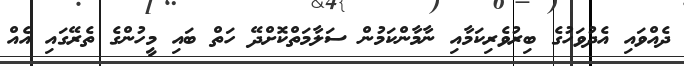
ދެއްވައި އެދުވަހުގެ ބިރުވެރިކަމާއި ނާމާންކަމުން ސަލާމަތްކޮށްދޭ ހަތް ބައި މީހުންގެ ތެރޭގައި އެއް